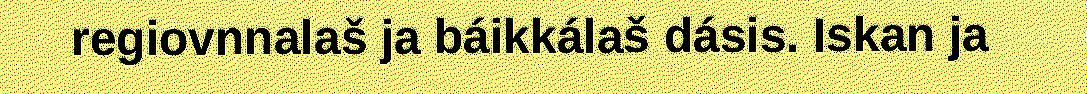
regiovnnalaš ja báikkálaš dásis. Iskan ja